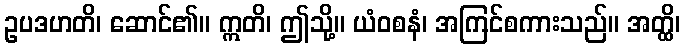
ဥပဒဟတိ၊ ဆောင်၏။ ဣတိ၊ ဤသို့။ ယံဝစနံ၊ အကြင်စကားသည်။ အတ္ထိ၊